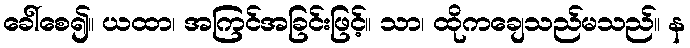
ခေါ်စေ၍။ ယထာ၊ အကြင်အခြင်းဖြင့်။ သာ၊ ထိုကချေသည်မသည်။ န